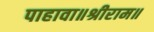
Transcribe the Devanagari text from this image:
पाहावा॥श्रीराम॥